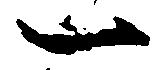
一